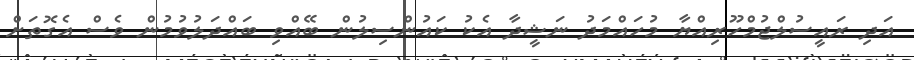
އަދި ރައީސުލްޖުމްހޫރިއްޔާ މުހައްމަދު ނަޝީދާ އެކު ކައުންސިލުން ބޭއްވި ބައްދަލުވުމުން ވެސް އެގޮތަށް